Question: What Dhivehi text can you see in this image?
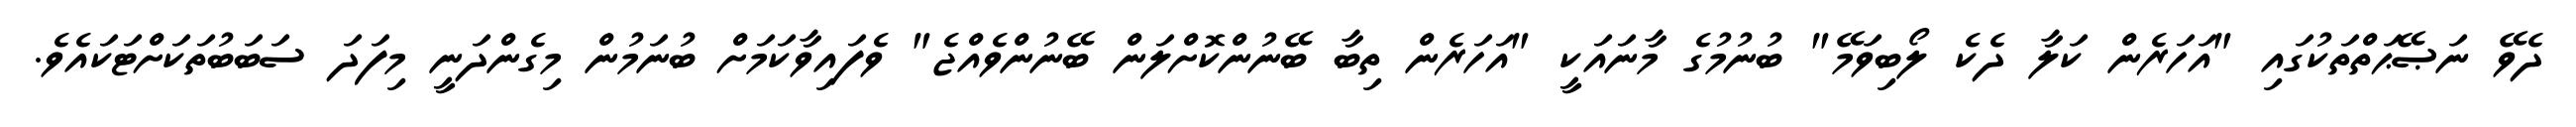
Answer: ދެވޭ ނަޞޭޙަތްތަކުގައި "އަހަރެން ކަލާ ދެކެ ލޯބިވަމޭ" ބުނުމުގެ މާނައަކީ "އަހަރެން ތިބާ ބޭނުންކޮށްލަން ބޭނުންވެއްޖެ" ވެފައިވާކަމަށް ބުނަމުން މިގެންދަނީ މިފަދަ ސަބަބުތަކަށްޓަކައެވެ.